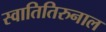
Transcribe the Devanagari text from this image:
स्वातितिरुनाल